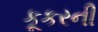
કૂકરની